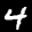
Label: 4